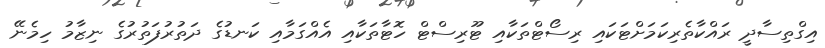
އިގްތިސާދީ ރައްކާތެރިކަމަށްޓަކައި ރިސޯޓްތަކާއި ޓޫރިސްޓް ހޮޓާތަކާއި އެއްގަމާއި ކަނޑުގެ ދަތުރުފަތުރުގެ ނިޒާމު ހިމެނޭ